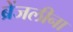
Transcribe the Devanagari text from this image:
ब्रेंजलीना